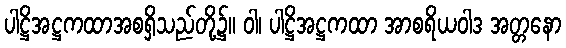
ပါဋ္ဌိအဋ္ဌကထာအစရှိသည်တို့၌။ ဝါ၊ ပါဋ္ဌိအဋ္ဌကထာ အာစရိယဝါဒ အတ္တနော